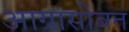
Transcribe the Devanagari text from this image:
आग्रासोबत